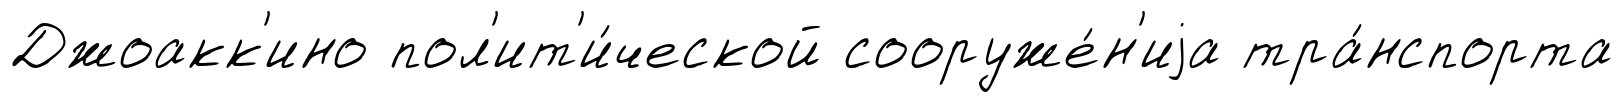
Джоакк'ино пол'ит'и́ческой сооруже́н'иjа тра́нспорта